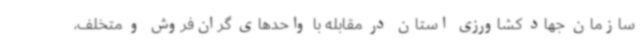
سازمان جهاد کشاورزی استان در مقابله با واحدهای گران‌فروش و متخلف،